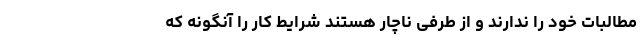
مطالبات خود را ندارند و از طرفی ناچار هستند شرایط کار را آنگونه که